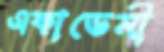
একাডেমী